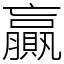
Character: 贏